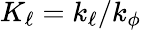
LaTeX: K_{\ell}=k_{\ell}/k_{\phi}